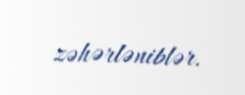
zəhərləniblər.